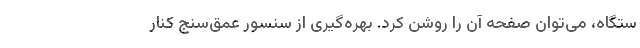
ستگاه، می‌توان صفحه آن را روشن کرد. بهره‌گیری از سنسور عمق‌سنج کنار